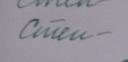
Signature authenticity: forged